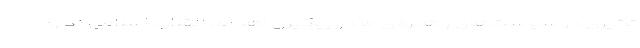
تأثیری در سیاست‌های راهبردی ما در پیگیری اهداف انقلاب اسلامی ندارد